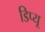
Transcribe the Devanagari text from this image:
डिप्यू